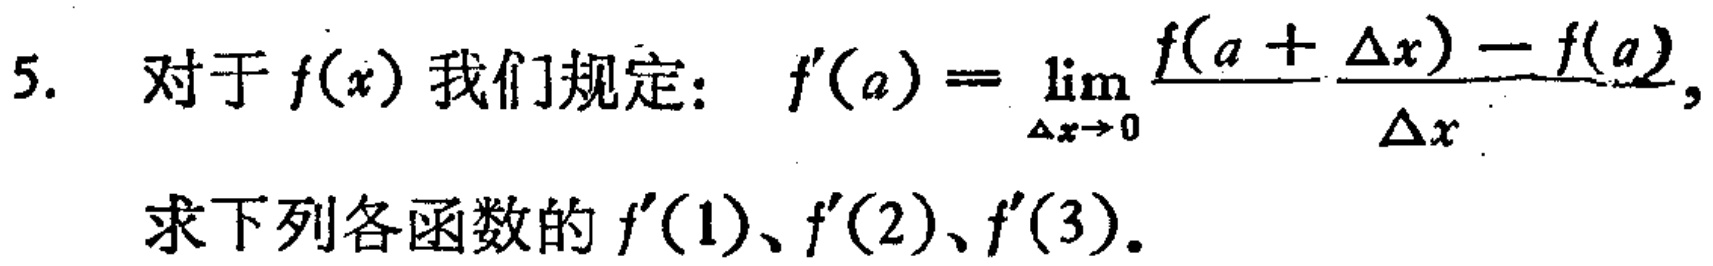
5. 对于$f(x)$我们规定：$f^{\prime}(a)=\lim_{\Delta x \to 0} \frac{f(a + \Delta x)-f(a)}{\Delta x},$
求下列各函数的$f^{\prime}(1)、f^{\prime}(2)、f^{\prime}(3)。$